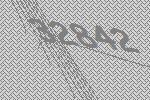
32842